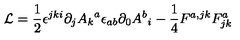
{ \cal L } = { \frac { 1 } { 2 } } \epsilon ^ { j k i } \partial _ { j } { A _ { k } } ^ { a } \epsilon _ { a b } \partial _ { 0 } { { A ^ { b } } _ { i } } - \frac { 1 } { 4 } F ^ { a , j k } F _ { j k } ^ { a }